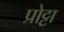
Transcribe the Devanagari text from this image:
प्रोट्टा